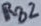
Text: RB2